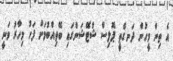
އެ ތިން މީހުން ދަނގެތީ ޕޮލިސް ޝްޓޭޝަންގައި ބޭތިއްބުމަށް ފަހު މިހާރު ވަނީ